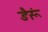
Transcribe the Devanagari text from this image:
डैरूं